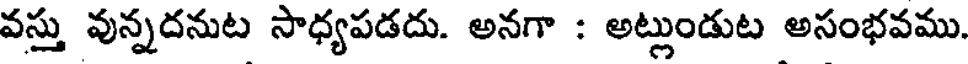
వస్తు వున్నదనుట సాధ్యపడదు. అనగా : అట్లుండుట అసంభవము.